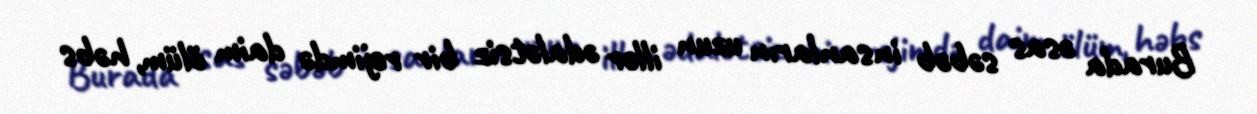
Burada əsas səbəb insanların uzun illər ədalətsiz bir rejimdə daim ölüm, həbs